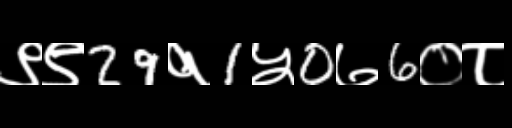
Text: ९९29१1५0७6०८